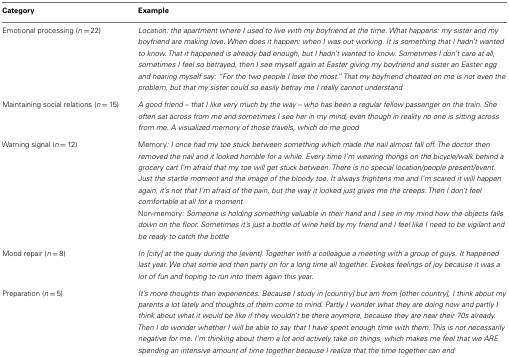
<table><thead><tr><td><b>Category</b></td><td><b>Example</b></td></tr></thead><tbody><tr><td>Emotional processing (<i>n</i> = 22)</td><td><i>Location: the apartment where I used to live with my boyfriend at the time. What happens: my sister and my boyfriend are making love. When does it happen: when I was out working. It is something that I hadn’t wanted to know. That it happened is already bad enough, but I hadn’t wanted to know. Sometimes I don’t care at all, sometimes I feel so betrayed, then I see myself again at Easter giving my boyfriend and sister an Easter egg and hearing myself say: “For the two people I love the most.” That my boyfriend cheated on me is not even the problem, but that my sister could so easily betray me I really cannot understand</i></td></tr><tr><td>Maintaining social relations (<i>n</i> = 15)</td><td><i>A good friend – that I like very much by the way – who has been a regular fellow passenger on the train. She often sat across from me and sometimes I see her in my mind, even though in reality no one is sitting across from me. A visualized memory of those travels, which do me good</i></td></tr><tr><td>Warning signal (<i>n</i> = 12)</td><td>Memory<i>: I once had my toe stuck between something which made the nail almost fall off. The doctor then removed the nail and it looked horrible for a while. Every time I’m wearing thongs on the bicycle/walk behind a grocery cart I’m afraid that my toe will get stuck between. There is no special location/people present/event. Just the startle moment and the image of the bloody toe. It always frightens me and I’m scared it will happen again, it’s not that I’m afraid of the pain, but the way it looked just gives me the creeps. Then I don’t feel comfortable at all for a moment</i></td></tr><tr><td></td><td>Non-memory<i>: Someone is holding something valuable in their hand and I see in my mind how the objects falls down on the floor. Sometimes it’s just a bottle of wine held by my friend and I feel like I need to be vigilant and be ready to catch the bottle</i></td></tr><tr><td>Mood repair (<i>n</i> = 8)</td><td><i>In [city] at the quay during the [event]. Together with a colleague a meeting with a group of guys. It happened last year. We chat some and then party on for a long time all together. Evokes feelings of joy because it was a lot of fun and hoping to run into them again this year</i>.</td></tr><tr><td>Preparation (<i>n</i> = 5)</td><td><i>It’s more thoughts than experiences. Because I study in [country] but am from [other country], I think about my parents a lot lately and thoughts of them come to mind. Partly I wonder what they are doing now and partly I think about what it would be like if they wouldn’t be there anymore, because they are near their 70s already. Then I do wonder whether I will be able to say that I have spent enough time with them. This is not necessarily negative for me. I’m thinking about them a lot and actively take on things, which makes me feel that we ARE spending an intensive amount of time together because I realize that the time together can end</i></td></tr></tbody></table>